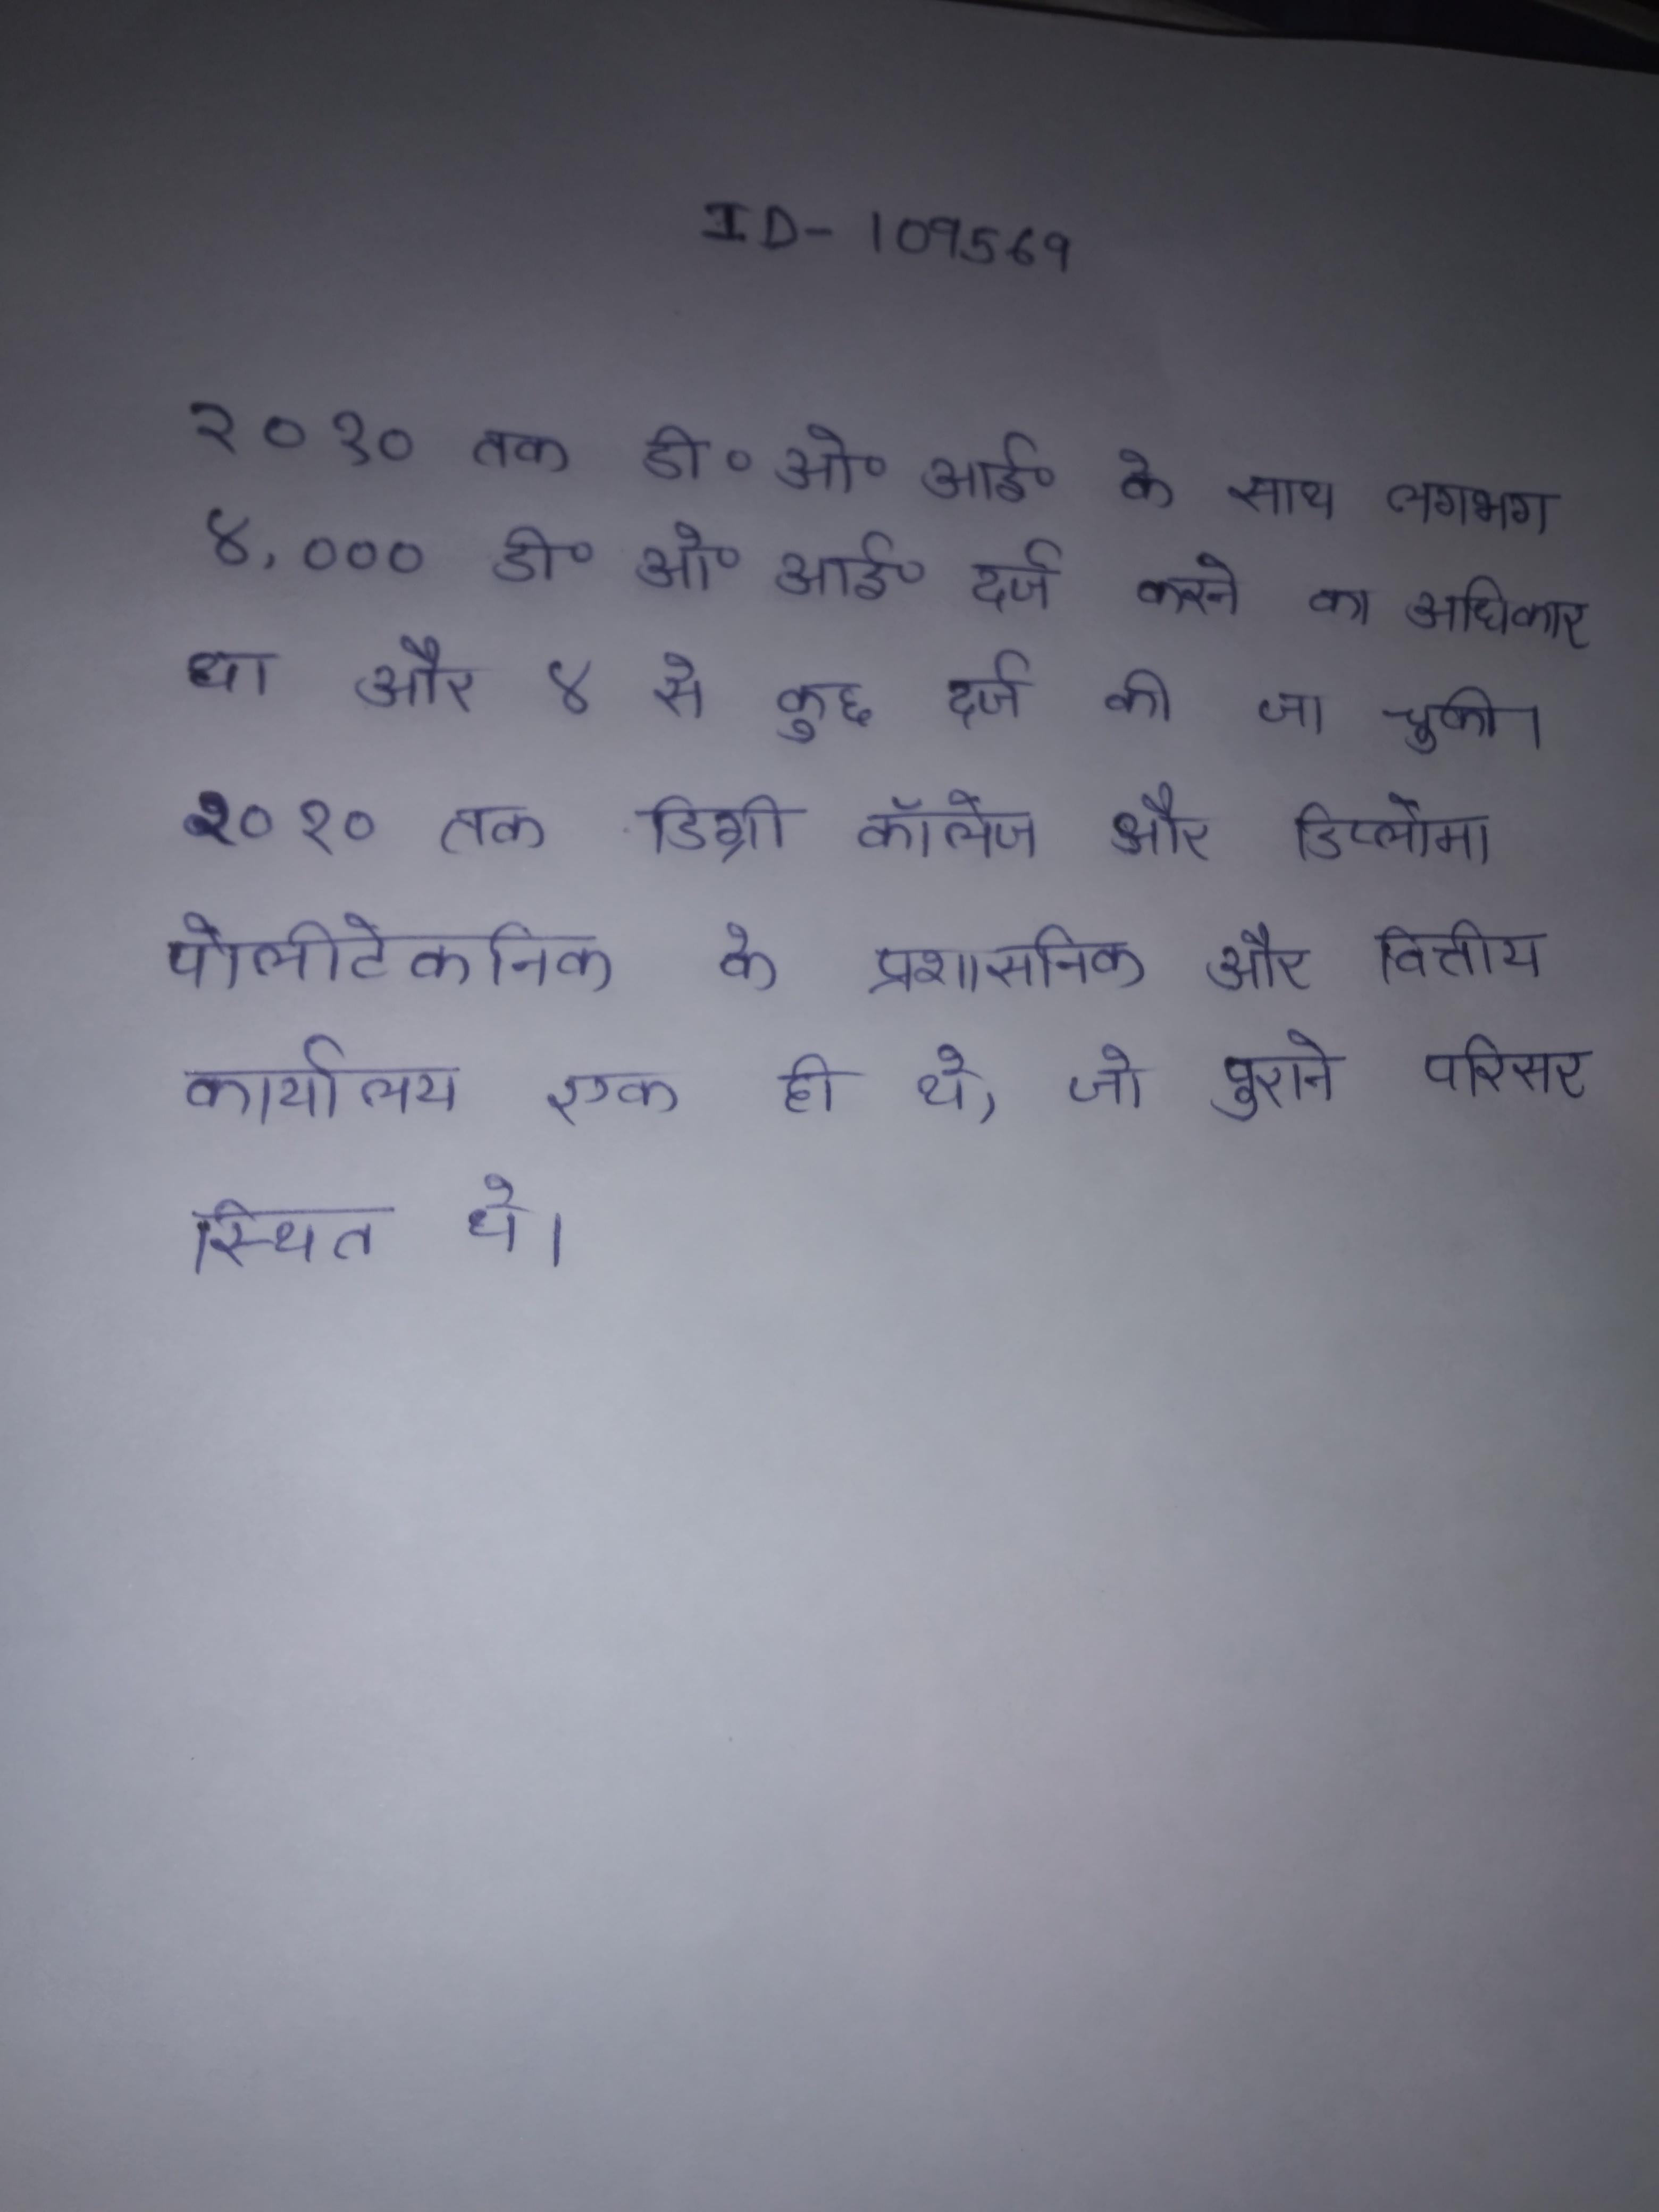
२०१० तक डी॰ओ॰आई॰ के साथ लगभग ४,००० डी॰ओ॰आई॰ दर्ज करने का अधिकार था और ४ से कुछ दर्ज की जा चुकी । २०१० तक डिग्री कॉलेज और डिप्लोमा पोलीटेकनिक के प्रशासनिक और वित्तीय कार्यालय एक ही थे, जो पुराने परिसर स्थित थे ।